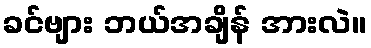
ခင်ဗျား ဘယ်အချိန် အားလဲ။